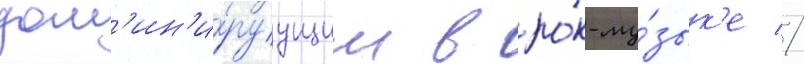
дом'ин'и́руущим в ро́к-му́зык'е //